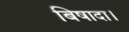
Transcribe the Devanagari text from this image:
बिषादा।